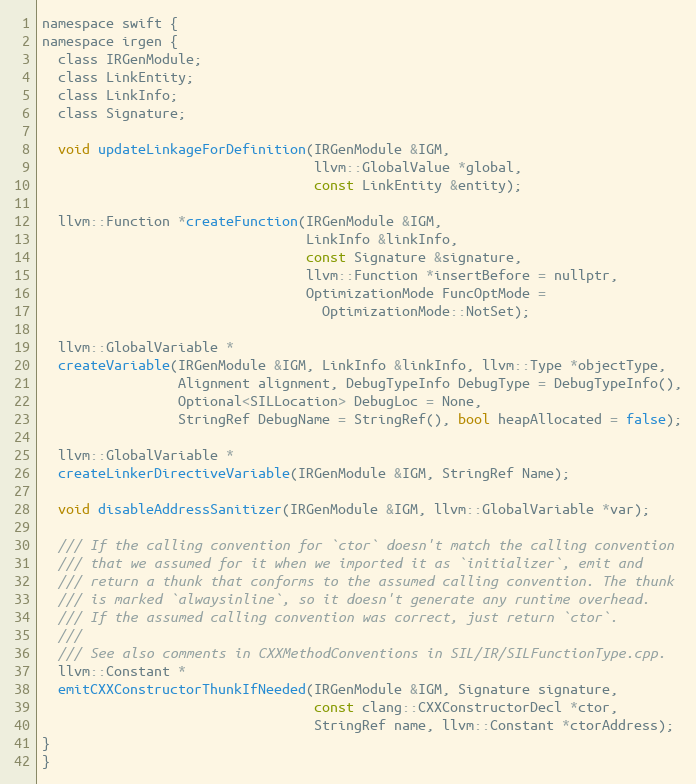
Language: C
namespace swift {
namespace irgen {
  class IRGenModule;
  class LinkEntity;
  class LinkInfo;
  class Signature;

  void updateLinkageForDefinition(IRGenModule &IGM,
                                  llvm::GlobalValue *global,
                                  const LinkEntity &entity);

  llvm::Function *createFunction(IRGenModule &IGM,
                                 LinkInfo &linkInfo,
                                 const Signature &signature,
                                 llvm::Function *insertBefore = nullptr,
                                 OptimizationMode FuncOptMode =
                                   OptimizationMode::NotSet);

  llvm::GlobalVariable *
  createVariable(IRGenModule &IGM, LinkInfo &linkInfo, llvm::Type *objectType,
                 Alignment alignment, DebugTypeInfo DebugType = DebugTypeInfo(),
                 Optional<SILLocation> DebugLoc = None,
                 StringRef DebugName = StringRef(), bool heapAllocated = false);

  llvm::GlobalVariable *
  createLinkerDirectiveVariable(IRGenModule &IGM, StringRef Name);

  void disableAddressSanitizer(IRGenModule &IGM, llvm::GlobalVariable *var);

  /// If the calling convention for `ctor` doesn't match the calling convention
  /// that we assumed for it when we imported it as `initializer`, emit and
  /// return a thunk that conforms to the assumed calling convention. The thunk
  /// is marked `alwaysinline`, so it doesn't generate any runtime overhead.
  /// If the assumed calling convention was correct, just return `ctor`.
  ///
  /// See also comments in CXXMethodConventions in SIL/IR/SILFunctionType.cpp.
  llvm::Constant *
  emitCXXConstructorThunkIfNeeded(IRGenModule &IGM, Signature signature,
                                  const clang::CXXConstructorDecl *ctor,
                                  StringRef name, llvm::Constant *ctorAddress);
}
}